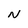
Character: N